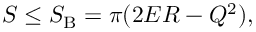
S \le S _ { \mathrm { B } } = \pi ( 2 E R - Q ^ { 2 } ) ,